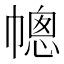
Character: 幒